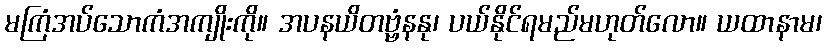
မကြံအပ်သောကံအကျိုးကို။ အပနယိတဗ္ဗံနနု၊ ပယ်နိုင်ရမည်မဟုတ်လော။ ယထာနာမ၊